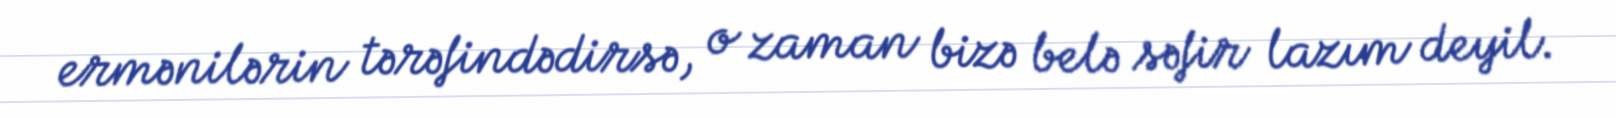
ermənilərin tərəfindədirsə, o zaman bizə belə səfir lazım deyil.